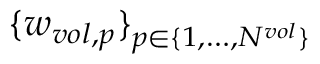
\{ w _ { v o l , p } \} _ { p \in \{ 1 , \dots , N ^ { v o l } \} }